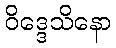
ဝိဒ္ဒေသိနော